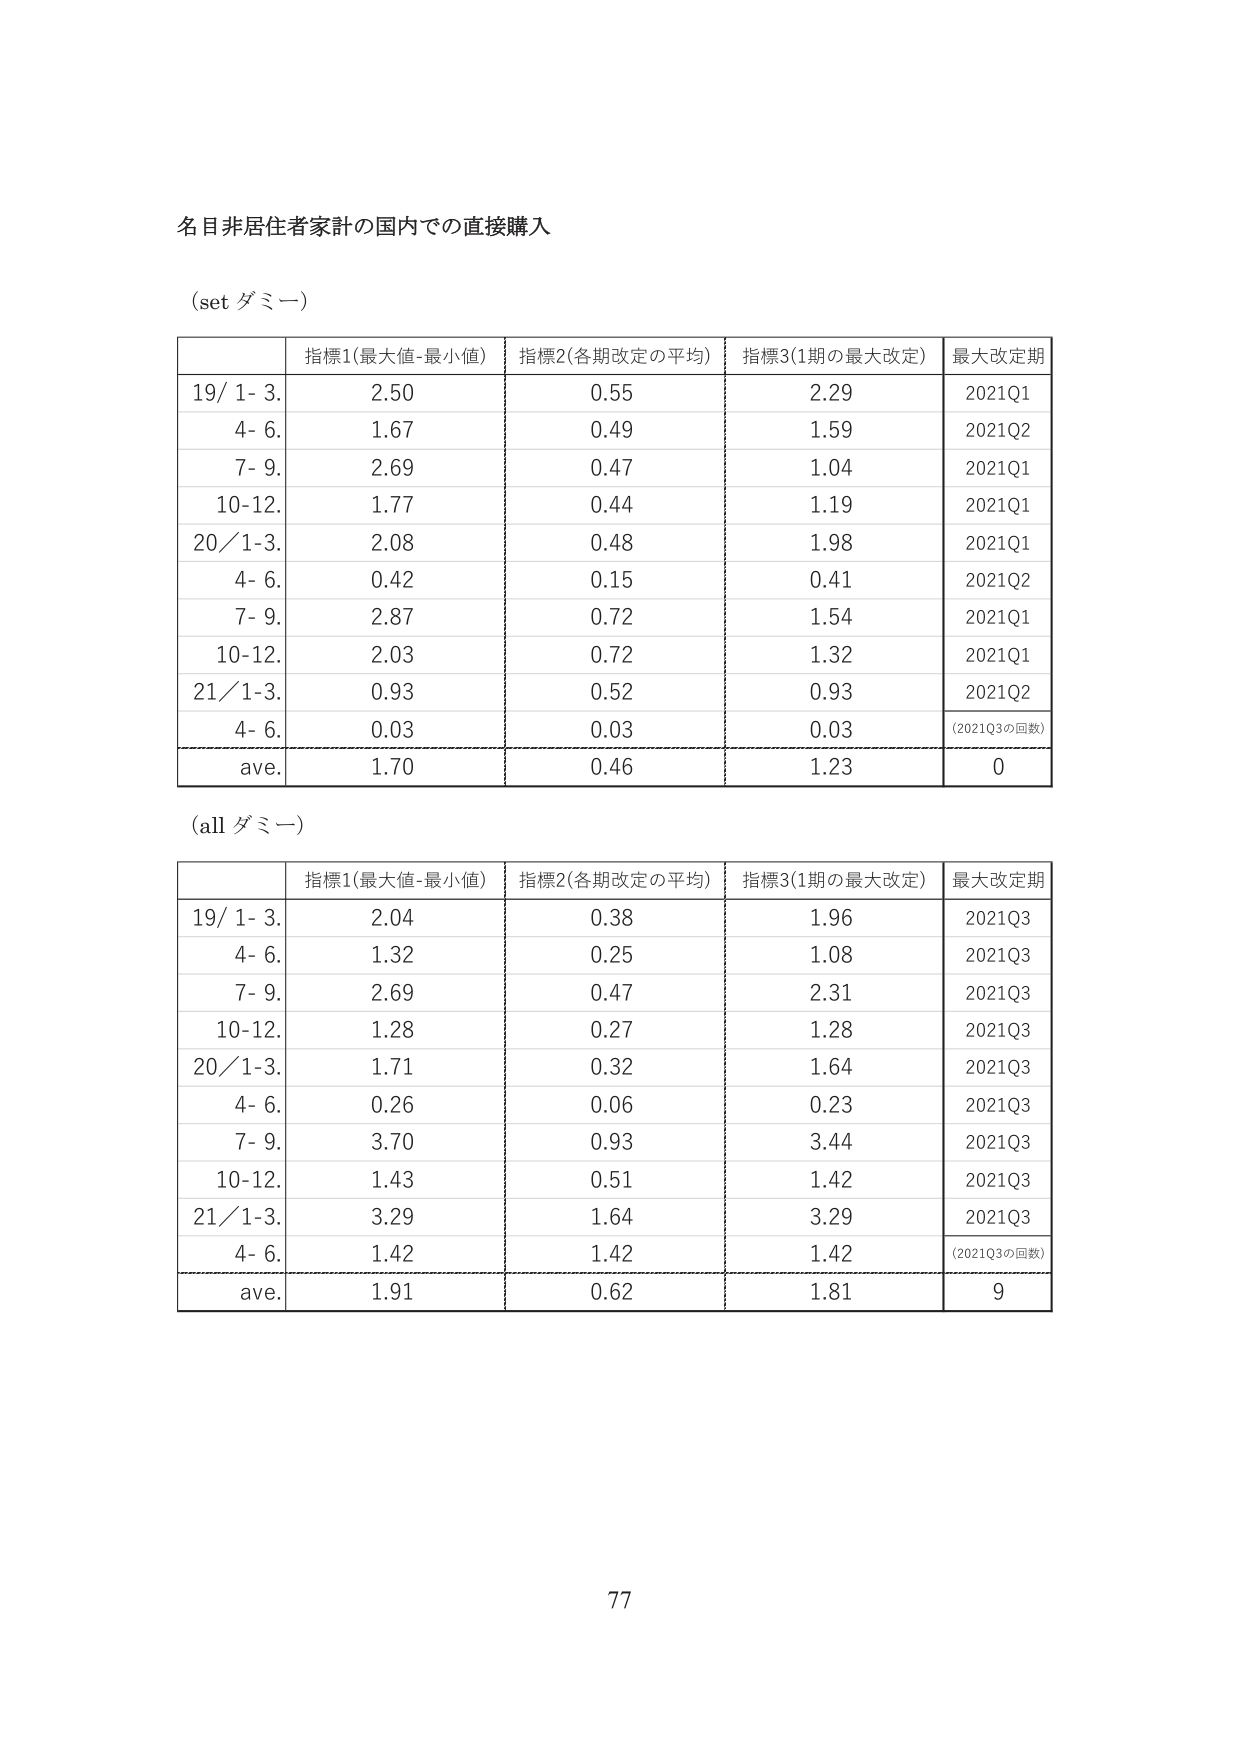
名目非居住者家計の国内での直接購入

(set ダミー)

| | 指標1(最大値-最小値) | 指標2(各期改定の平均) | 指標3(1期の最大改定) | 最大改定期 |
|---|---|---|---|---|
| 19/ 1- 3. | 2.50 | 0.55 | 2.29 | 2021Q1 |
| 4- 6. | 1.67 | 0.49 | 1.59 | 2021Q2 |
| 7- 9. | 2.69 | 0.47 | 1.04 | 2021Q1 |
| 10-12. | 1.77 | 0.44 | 1.19 | 2021Q1 |
| 20/ 1-3. | 2.08 | 0.48 | 1.98 | 2021Q1 |
| 4- 6. | 0.42 | 0.15 | 0.41 | 2021Q2 |
| 7- 9. | 2.87 | 0.72 | 1.54 | 2021Q1 |
| 10-12. | 2.03 | 0.72 | 1.32 | 2021Q1 |
| 21/ 1-3. | 0.93 | 0.52 | 0.93 | 2021Q2 |
| 4- 6. | 0.03 | 0.03 | 0.03 | (2021Q3の回数) |
| ave. | 1.70 | 0.46 | 1.23 | 0 |

(all ダミー)

| | 指標1(最大値-最小値) | 指標2(各期改定の平均) | 指標3(1期の最大改定) | 最大改定期 |
|---|---|---|---|---|
| 19/ 1- 3. | 2.04 | 0.38 | 1.96 | 2021Q3 |
| 4- 6. | 1.32 | 0.25 | 1.08 | 2021Q3 |
| 7- 9. | 2.69 | 0.47 | 2.31 | 2021Q3 |
| 10-12. | 1.28 | 0.27 | 1.28 | 2021Q3 |
| 20/ 1-3. | 1.71 | 0.32 | 1.64 | 2021Q3 |
| 4- 6. | 0.26 | 0.06 | 0.23 | 2021Q3 |
| 7- 9. | 3.70 | 0.93 | 3.44 | 2021Q3 |
| 10-12. | 1.43 | 0.51 | 1.42 | 2021Q3 |
| 21/ 1-3. | 3.29 | 1.64 | 3.29 | 2021Q3 |
| 4- 6. | 1.42 | 1.42 | 1.42 | (2021Q3の回数) |
| ave. | 1.91 | 0.62 | 1.81 | 9 |

77